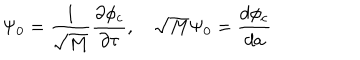
\Psi _ { 0 } = \frac { 1 } { \sqrt { M } } \frac { \partial \phi _ { c } } { \partial \tau } , \quad \sqrt { M } \Psi _ { 0 } = \frac { d \phi _ { c } } { d a }